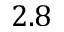
2 . 8